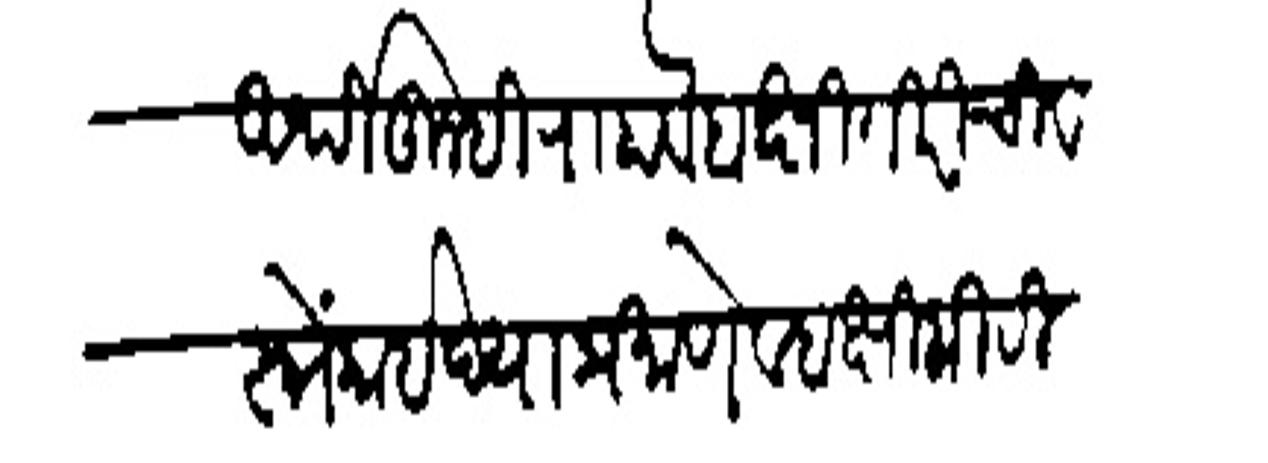
Transliteration (Devanagari): त्यांअर्थी तुम्ही राहावे बक्षिगिरीची वस्त्रे काईद्याप्रमाणे व बक्षिगिरी